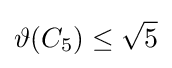
\vartheta (C_{5})\leq {\sqrt {5}}